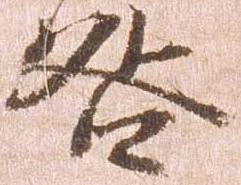
咎